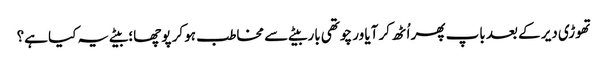
تھوڑی دیر کے بعد باپ پھر اُٹھ کر آیا ور چوتھی بار بیٹے سے مخاطب ہو کر پوچھا؛ بیٹے یہ کیا ہے؟